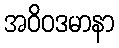
အဝိဝဒမာနာ